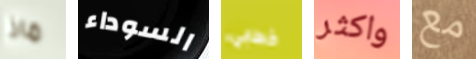
ماذا السوداء خطابي واكثر مع